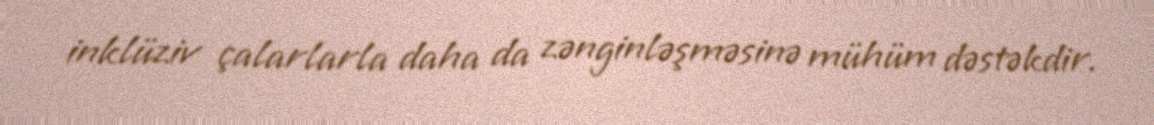
inklüziv çalarlarla daha da zənginləşməsinə mühüm dəstəkdir.